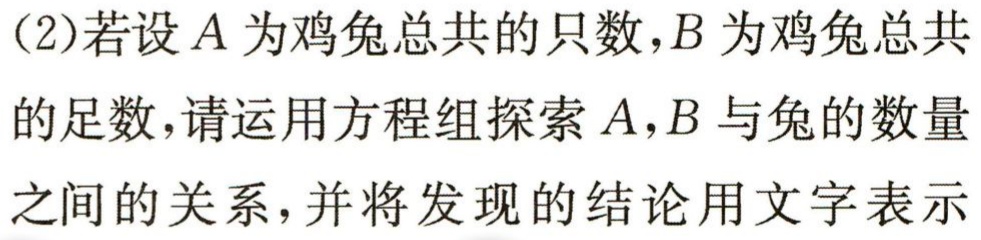
(2)若设\(A\)为鸡兔总共的只数，\(B\)为鸡兔总共的足数，请运用方程组探索\(A,B\)与兔的数量之间的关系，并将发现的结论用文字表示